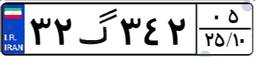
۵۵گ۲۹۳۷۲